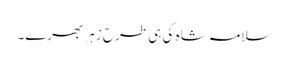
سلامہ شاہ کی ہی طرح زہر بھرے۔